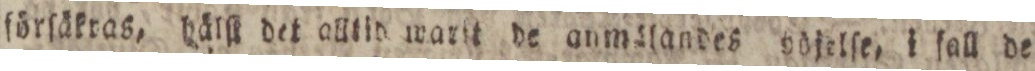
förſäkras, hälſt det alltid warit de anmälandes höjelſe, i ſall de